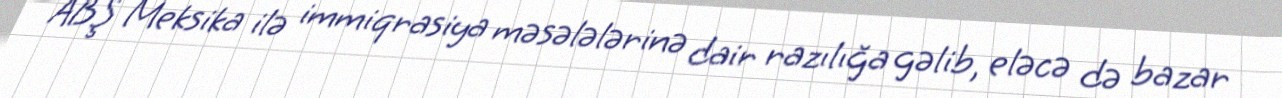
ABŞ Meksika ilə immiqrasiya məsələlərinə dair razılığa gəlib, eləcə də bazar